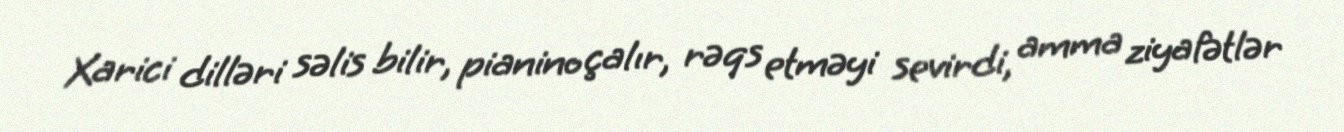
Xarici dilləri səlis bilir, pianino çalır, rəqs etməyi sevirdi, amma ziyafətlər